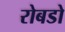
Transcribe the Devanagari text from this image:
रोबडो